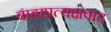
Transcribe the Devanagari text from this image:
बाह्यप्रत्यक्षवाद